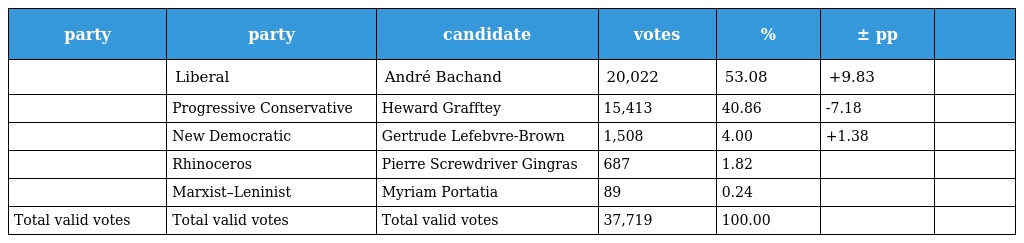
| party | party | candidate | votes | % | ± pp |  |
 | --- | --- | --- | --- | --- | --- | --- |
 |  | Liberal | André Bachand | 20,022 | 53.08 | +9.83 |  |
 |  | Progressive Conservative | Heward Grafftey | 15,413 | 40.86 | -7.18 |  |
 |  | New Democratic | Gertrude Lefebvre-Brown | 1,508 | 4.00 | +1.38 |  |
 |  | Rhinoceros | Pierre Screwdriver Gingras | 687 | 1.82 |  |  |
 |  | Marxist–Leninist | Myriam Portatia | 89 | 0.24 |  |  |
 | Total valid votes | Total valid votes | Total valid votes | 37,719 | 100.00 |  |  |